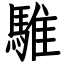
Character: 騅